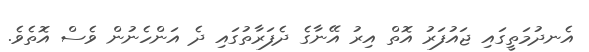
އެނދުމަތީގައި ޖައުފަރު އޮތް އިރު އޭނާގެ ދެފަރާތުގައި ދެ އަންހެނުން ވެސް އޮތެވެ.